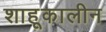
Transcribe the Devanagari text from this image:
शाहूकालीन